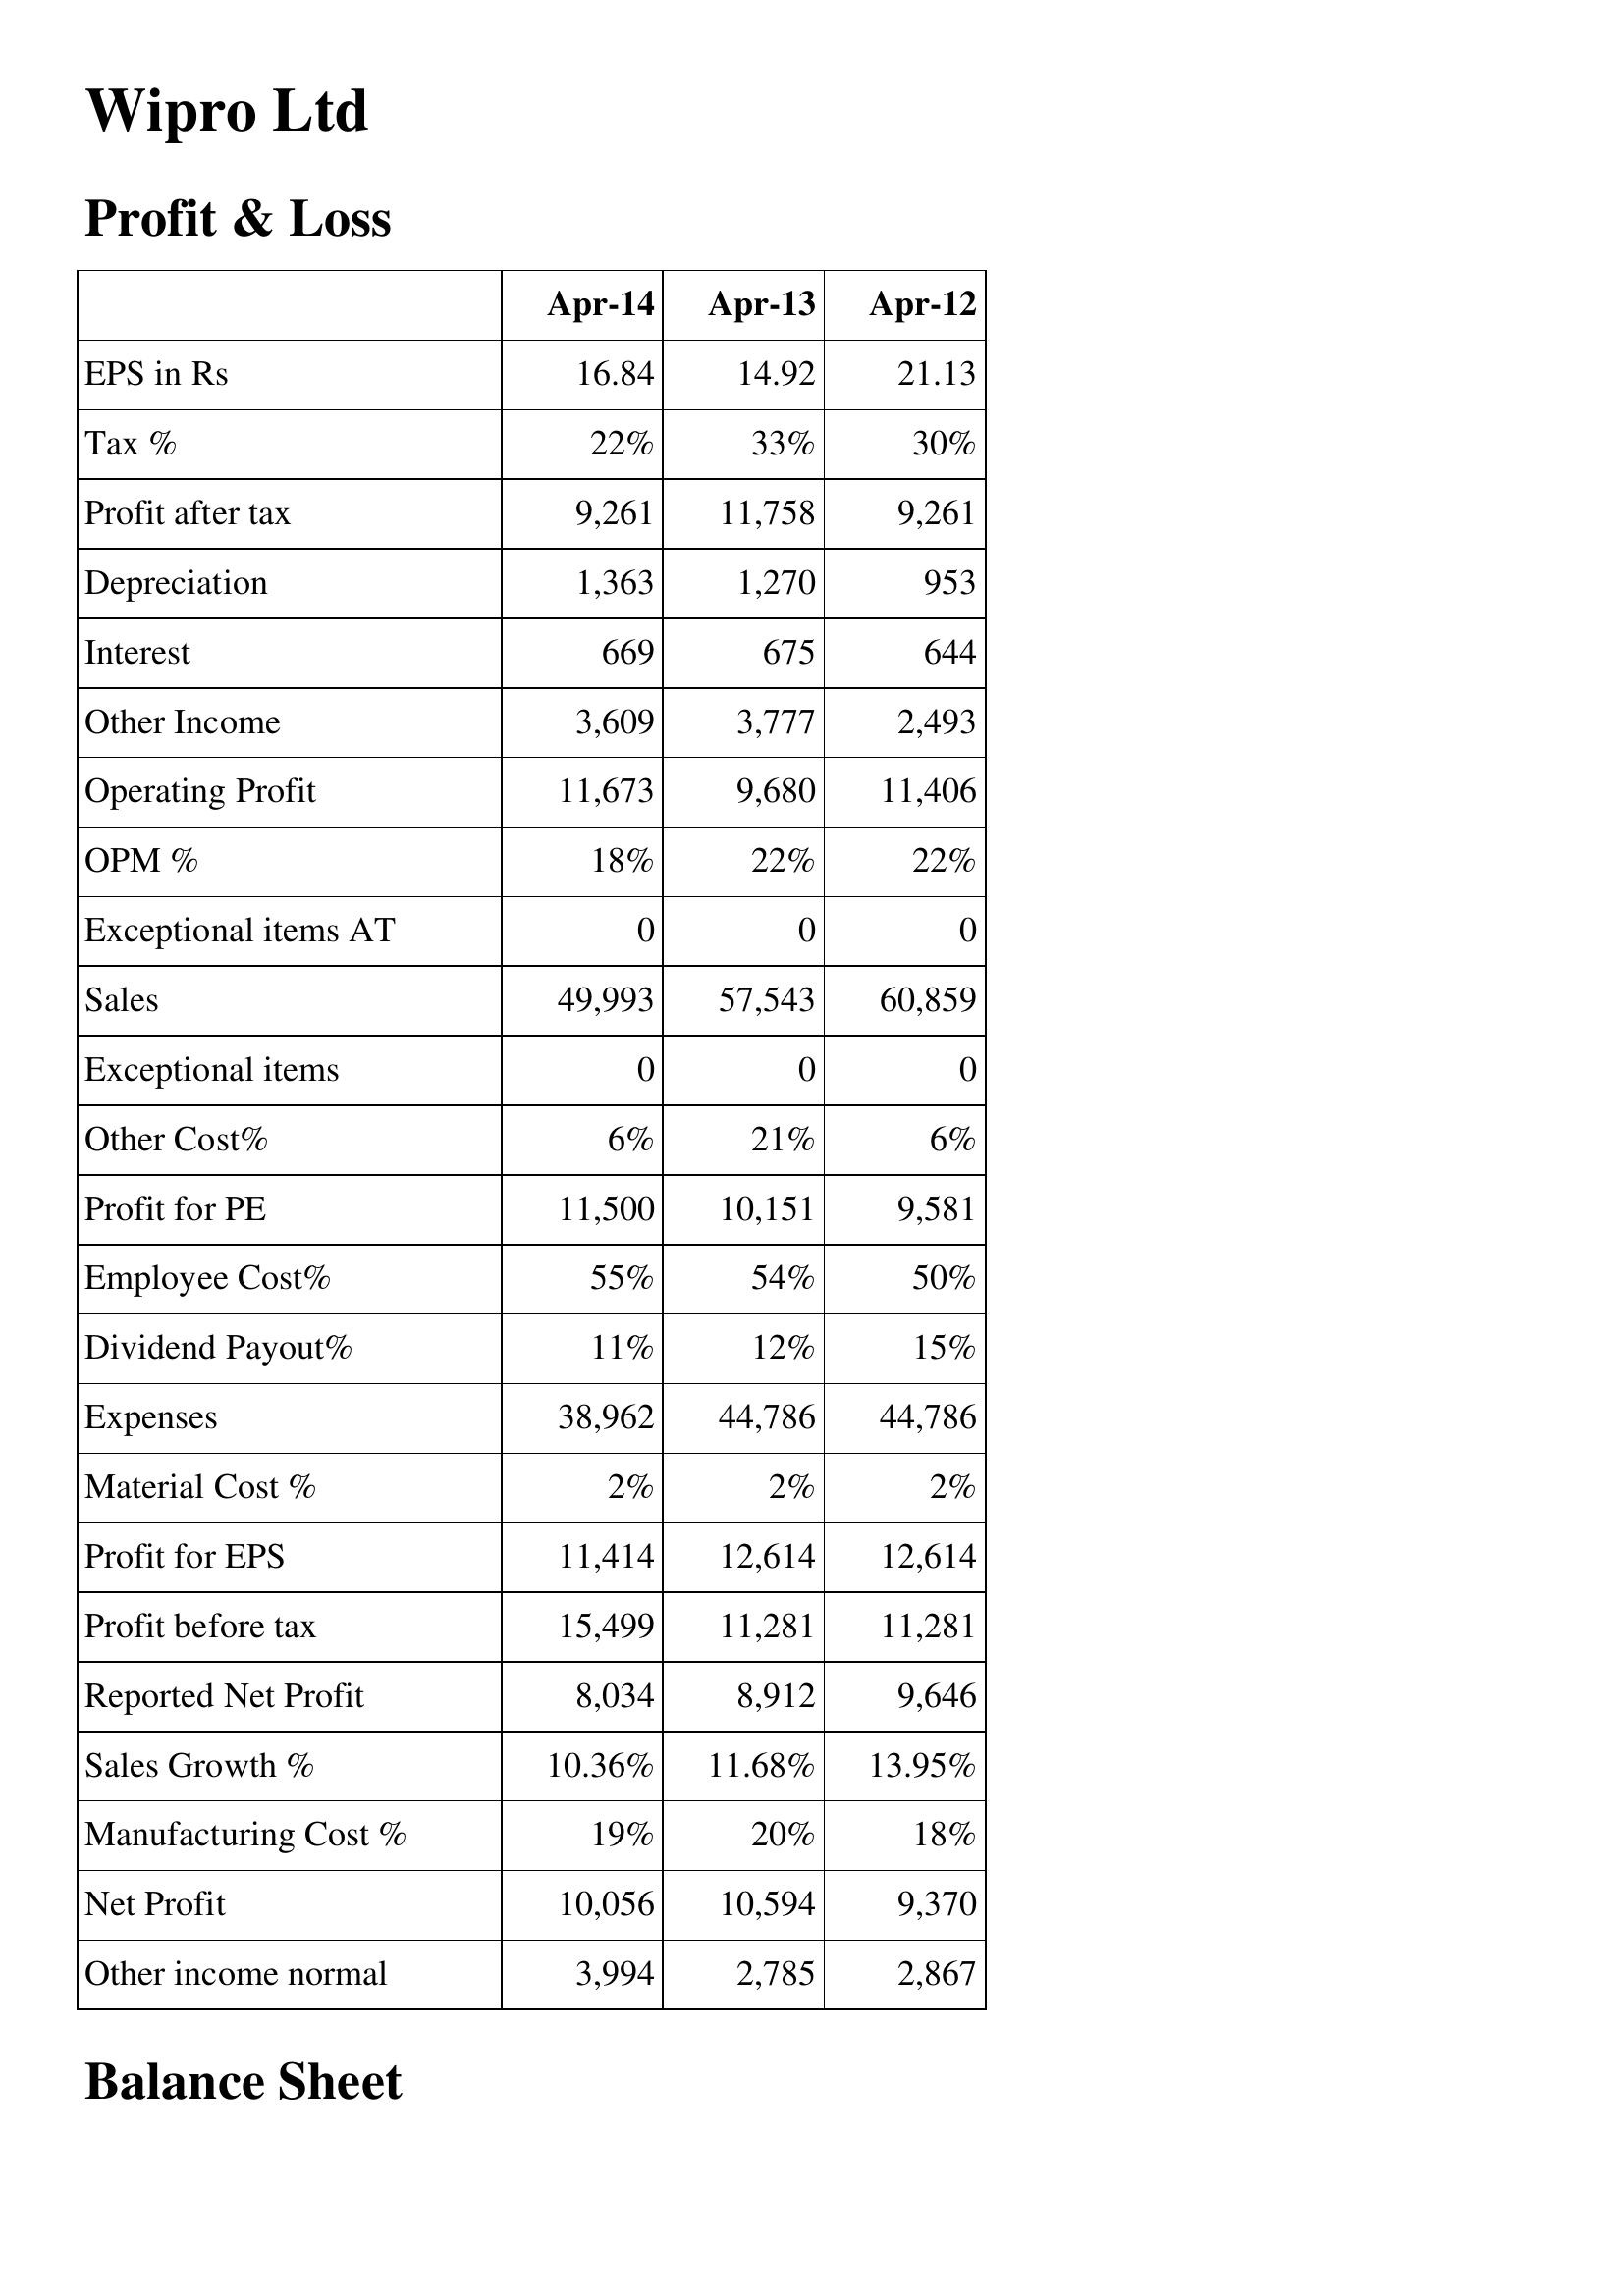
Apr-14: Profit & Loss: EPS in Rs: 16.84
Tax %: 22%
Profit after tax: 9,261
Depreciation: 1,363
Interest: 669
Other Income: 3,609
Operating Profit: 11,673
OPM %: 18%
Exceptional items AT: 0
Sales: 49,993
Exceptional items: 0
Other Cost%: 6%
Profit for PE: 11,500
Employee Cost%: 55%
Dividend Payout%: 11%
Expenses: 38,962
Material Cost %: 2%
Profit for EPS: 11,414
Profit before tax: 15,499
Reported Net Profit: 8,034
Sales Growth %: 10.36%
Manufacturing Cost %: 19%
Net Profit: 10,056
Other income normal: 3,994
Apr-13: Profit & Loss: EPS in Rs: 14.92
Tax %: 33%
Profit after tax: 11,758
Depreciation: 1,270
Interest: 675
Other Income: 3,777
Operating Profit: 9,680
OPM %: 22%
Exceptional items AT: 0
Sales: 57,543
Exceptional items: 0
Other Cost%: 21%
Profit for PE: 10,151
Employee Cost%: 54%
Dividend Payout%: 12%
Expenses: 44,786
Material Cost %: 2%
Profit for EPS: 12,614
Profit before tax: 11,281
Reported Net Profit: 8,912
Sales Growth %: 11.68%
Manufacturing Cost %: 20%
Net Profit: 10,594
Other income normal: 2,785
Apr-12: Profit & Loss: EPS in Rs: 21.13
Tax %: 30%
Profit after tax: 9,261
Depreciation: 953
Interest: 644
Other Income: 2,493
Operating Profit: 11,406
OPM %: 22%
Exceptional items AT: 0
Sales: 60,859
Exceptional items: 0
Other Cost%: 6%
Profit for PE: 9,581
Employee Cost%: 50%
Dividend Payout%: 15%
Expenses: 44,786
Material Cost %: 2%
Profit for EPS: 12,614
Profit before tax: 11,281
Reported Net Profit: 9,646
Sales Growth %: 13.95%
Manufacturing Cost %: 18%
Net Profit: 9,370
Other income normal: 2,867